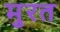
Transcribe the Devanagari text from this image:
मुरत